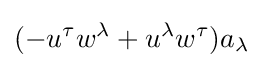
(-u^{\tau }w^{\lambda }+u^{\lambda }w^{\tau })a_{\lambda }